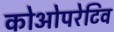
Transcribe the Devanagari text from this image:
कोओपरेटिव